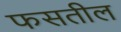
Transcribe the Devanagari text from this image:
फसतील